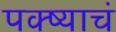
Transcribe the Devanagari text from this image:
पक्ष्याचं